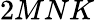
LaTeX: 2MNK